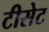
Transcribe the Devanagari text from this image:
टीसेट